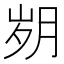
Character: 𰗆